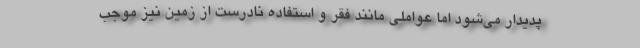
پدیدار می‌شود اما عواملی مانند فقر و استفاده نادرست از زمین نیز موجب